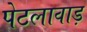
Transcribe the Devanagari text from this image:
पेटलावाड़